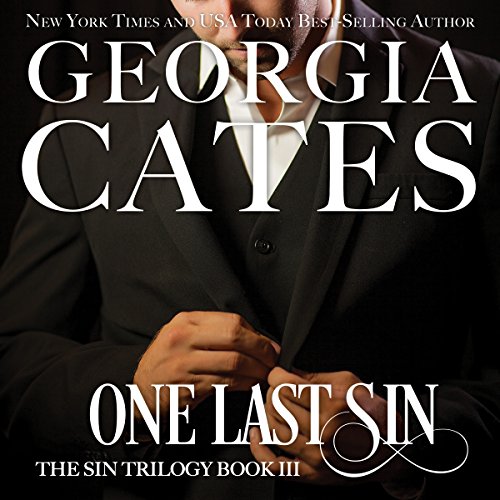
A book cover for One Last Sin; Georgia Cates; Romance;